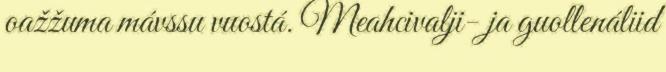
oažžuma mávssu vuostá. Meahcivalji- ja guollenáliid